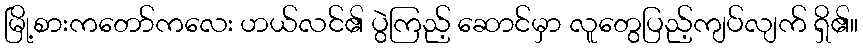
မြို့စားကတော်ကလေး ဟယ်လင်၏ ပွဲကြည့် ဆောင်မှာ လူတွေပြည့်ကျပ်လျက် ရှိ၏။